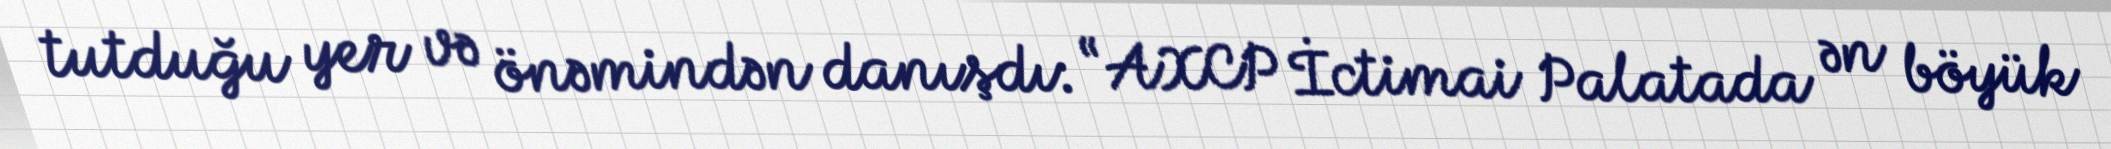
tutduğu yer və önəmindən danışdı: “AXCP İctimai Palatada ən böyük